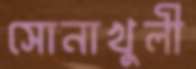
সোনাখুলী